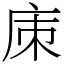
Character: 㢀